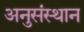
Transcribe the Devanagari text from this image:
अनुसंस्थान